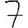
Digit: 7